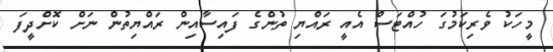
މީހަކު ވެރިކަމުގަ ހުއްޓަސް އެއީ ރައްޔި ތުންގެ ފައިސާއިން ރައްޔިތުން ނަށް ކޮށްދީފަ